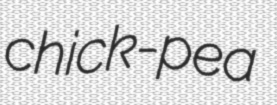
chick-pea